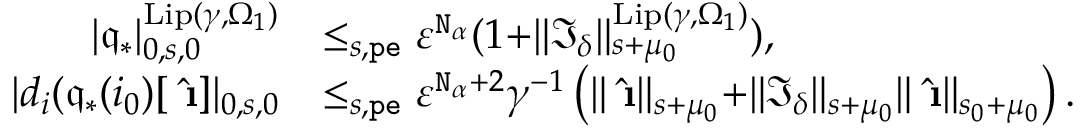
\begin{array} { r l } { | \mathfrak { q } _ { * } | _ { 0 , s , 0 } ^ { \mathrm { L i p } ( \gamma , \Omega _ { 1 } ) } } & { \le _ { s , \mathtt { p e } } \varepsilon ^ { \mathtt { N } _ { \alpha } } ( 1 + \rVert \mathfrak { I } _ { \delta } \rVert _ { s + \mu _ { 0 } } ^ { \mathrm { L i p } ( \gamma , \Omega _ { 1 } ) } ) , } \\ { | d _ { i } ( \mathfrak { q } _ { * } ( i _ { 0 } ) [ \hat { \textbf { \i } } ] | _ { 0 , s , 0 } } & { \le _ { s , \mathtt { p e } } \varepsilon ^ { \mathtt { N } _ { \alpha } + 2 } \gamma ^ { - 1 } \left( \rVert \hat { \textbf { \i } } \rVert _ { s + \mu _ { 0 } } + \rVert \mathfrak { I } _ { \delta } \rVert _ { s + \mu _ { 0 } } \rVert \hat { \textbf { \i } } \rVert _ { s _ { 0 } + \mu _ { 0 } } \right) . } \end{array}